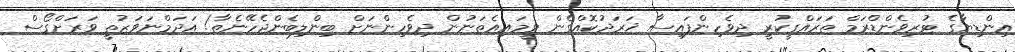
އިންޑިޔާގެ ޓުރިވެންޑްރަމް ތަރައްގީކުރީ ދިވެހިންފައިސާ ޚަރަދުކޮއްގެން ވީމައިއެތަނުން ދިވެހިންނަށް ބިންލިބެންޖެހޭނެތާ! އަދަމްނަވަޒުތީ ވަރަށްގޯސް